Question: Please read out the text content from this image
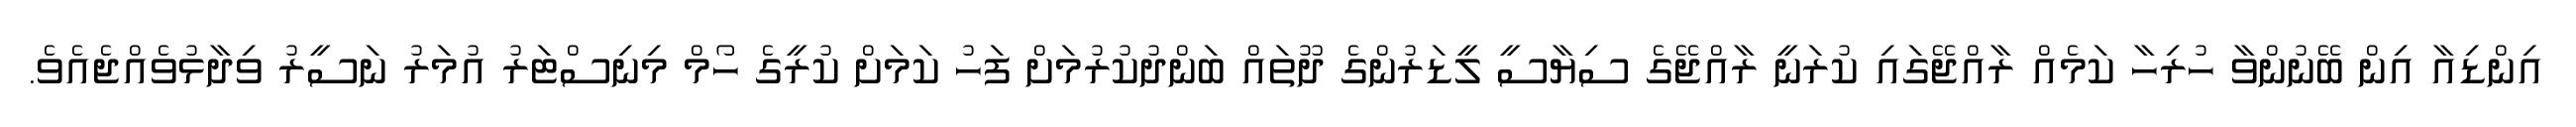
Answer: އިންޑިއާ އިން ބޭނުންވާ ހުރިހާ ކަމެއް ރާއްޖޭގައި ކުރަނީ ރާއްޖޭގެ ސިޔާސީ ލީޑަރުންގެ ދޫތައް ބަންދުކުރުމަށް ފަހު ކަމަށް ކުރީގެ ހޯމް މިނިސްޓަރު އުމަރު ނަސީރު ވިދާޅުވެއްޖެއެވެ.